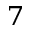
^ 7